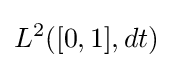
L^{2}([0,1],dt)